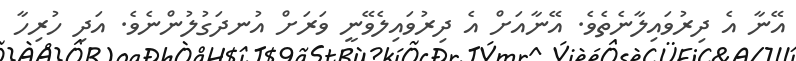
އޭނާ އެ ދިރުވައިލާނެތެވެ. އޭނާއަށް އެ ދިރުވައިލެވޭނީ ވަރަށް އުނދަގުލުންނެވެ. އަދި ހުރިހާ